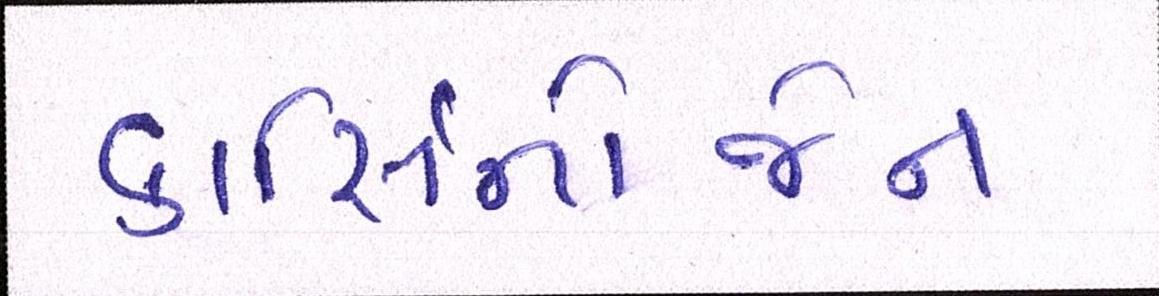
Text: કાર્સિનોજેન